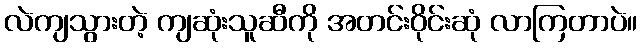
လဲကျသွားတဲ့ ကျဆုံးသူဆီကို အတင်းဝိုင်းဆုံ လာကြတာပဲ။